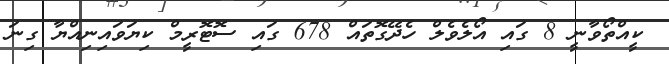
ކީއްތޯވާނީ 8 ގައި އޯލެވެލް ހެދޭގޮތައް 678 ގައި ސޮޓޮރީމް ކިޔަވައިނިއްޔާ ގިނަ